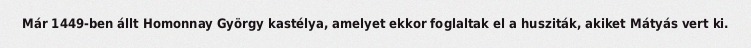
Már 1449-ben állt Homonnay György kastélya, amelyet ekkor foglaltak el a husziták, akiket Mátyás vert ki.